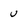
Character: u